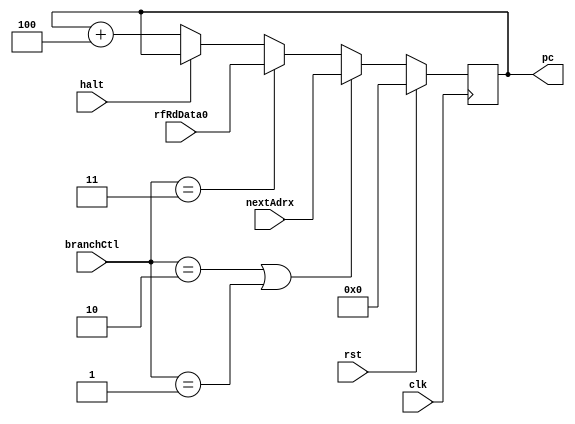
//Jack Gentsch, Jacky Wang, Chinh Bui
//Lab 4: Program counter for the cpu
//EE 469 with James Peckol 5/7/16
// Program counter for the CPU
module pc (pc, nextAdrx, rfRdData0, branchCtl, rst, clk, halt);
	output reg [8:0] pc;				// current program count
	input [8:0] nextAdrx;			// branch absolute target adrx
	input [8:0] rfRdData0;			// jump reg input value from regfile
	input [1:0] branchCtl;
	input rst, clk, halt;
	
	always @(negedge clk) begin
		if (rst)
			pc <= 9'h0;
		else if (branchCtl == 2'b10 || branchCtl == 2'b01)
			pc <= nextAdrx;
		else if (branchCtl == 2'b11)
			pc <= rfRdData0;
		else if (halt)
			pc <= pc;
		else
			pc <= pc + 9'h4;	// each instruction adrx is 4 bytes
	end
endmodule